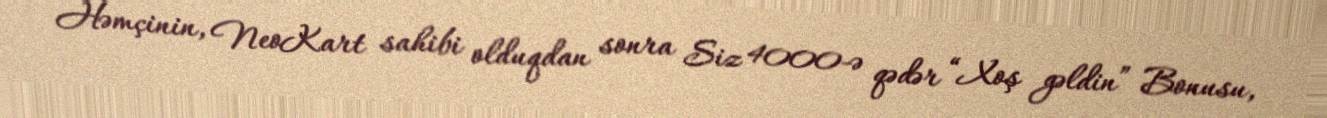
Həmçinin, NeoKart sahibi olduqdan sonra Siz 4000-ə qədər “Xoş gəldin” Bonusu,